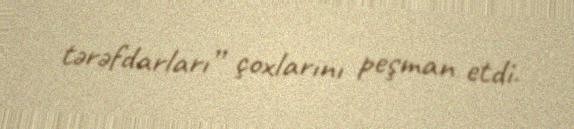
tərəfdarları” çoxlarını peşman etdi.